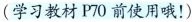
(学习教材P70前使用哦！)